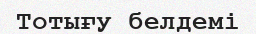
Тотығу белдемі